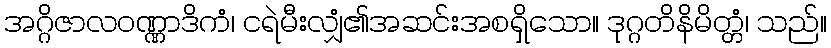
အဂ္ဂိဇာလဝဏ္ဏာဒိကံ၊ ငရဲမီးလျှံ၏အဆင်းအစရှိသော။ ဒုဂ္ဂတိနိမိတ္တံ၊ သည်။